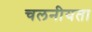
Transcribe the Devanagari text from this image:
चलनीयता